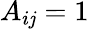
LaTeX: A_{i\mathit{j}}=1